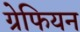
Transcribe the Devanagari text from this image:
ग्रेफियन